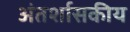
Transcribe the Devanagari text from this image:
अंतर्शासकीय